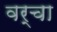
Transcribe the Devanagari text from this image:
वर्चा